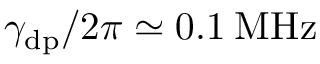
\gamma _ { \mathrm { d p } } / 2 \pi \simeq 0 . 1 \: \mathrm { M H z }